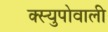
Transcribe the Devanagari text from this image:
क्स्युपोवाली